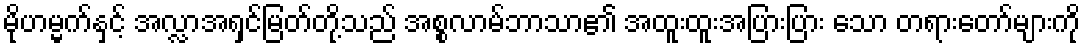
မိုဟမ္မက်နှင့် အလ္လာအရှင်မြတ်တို့သည် အစ္စလာမ်ဘာသာ၏ အထူးထူးအပြားပြား သော တရားတော်များကို